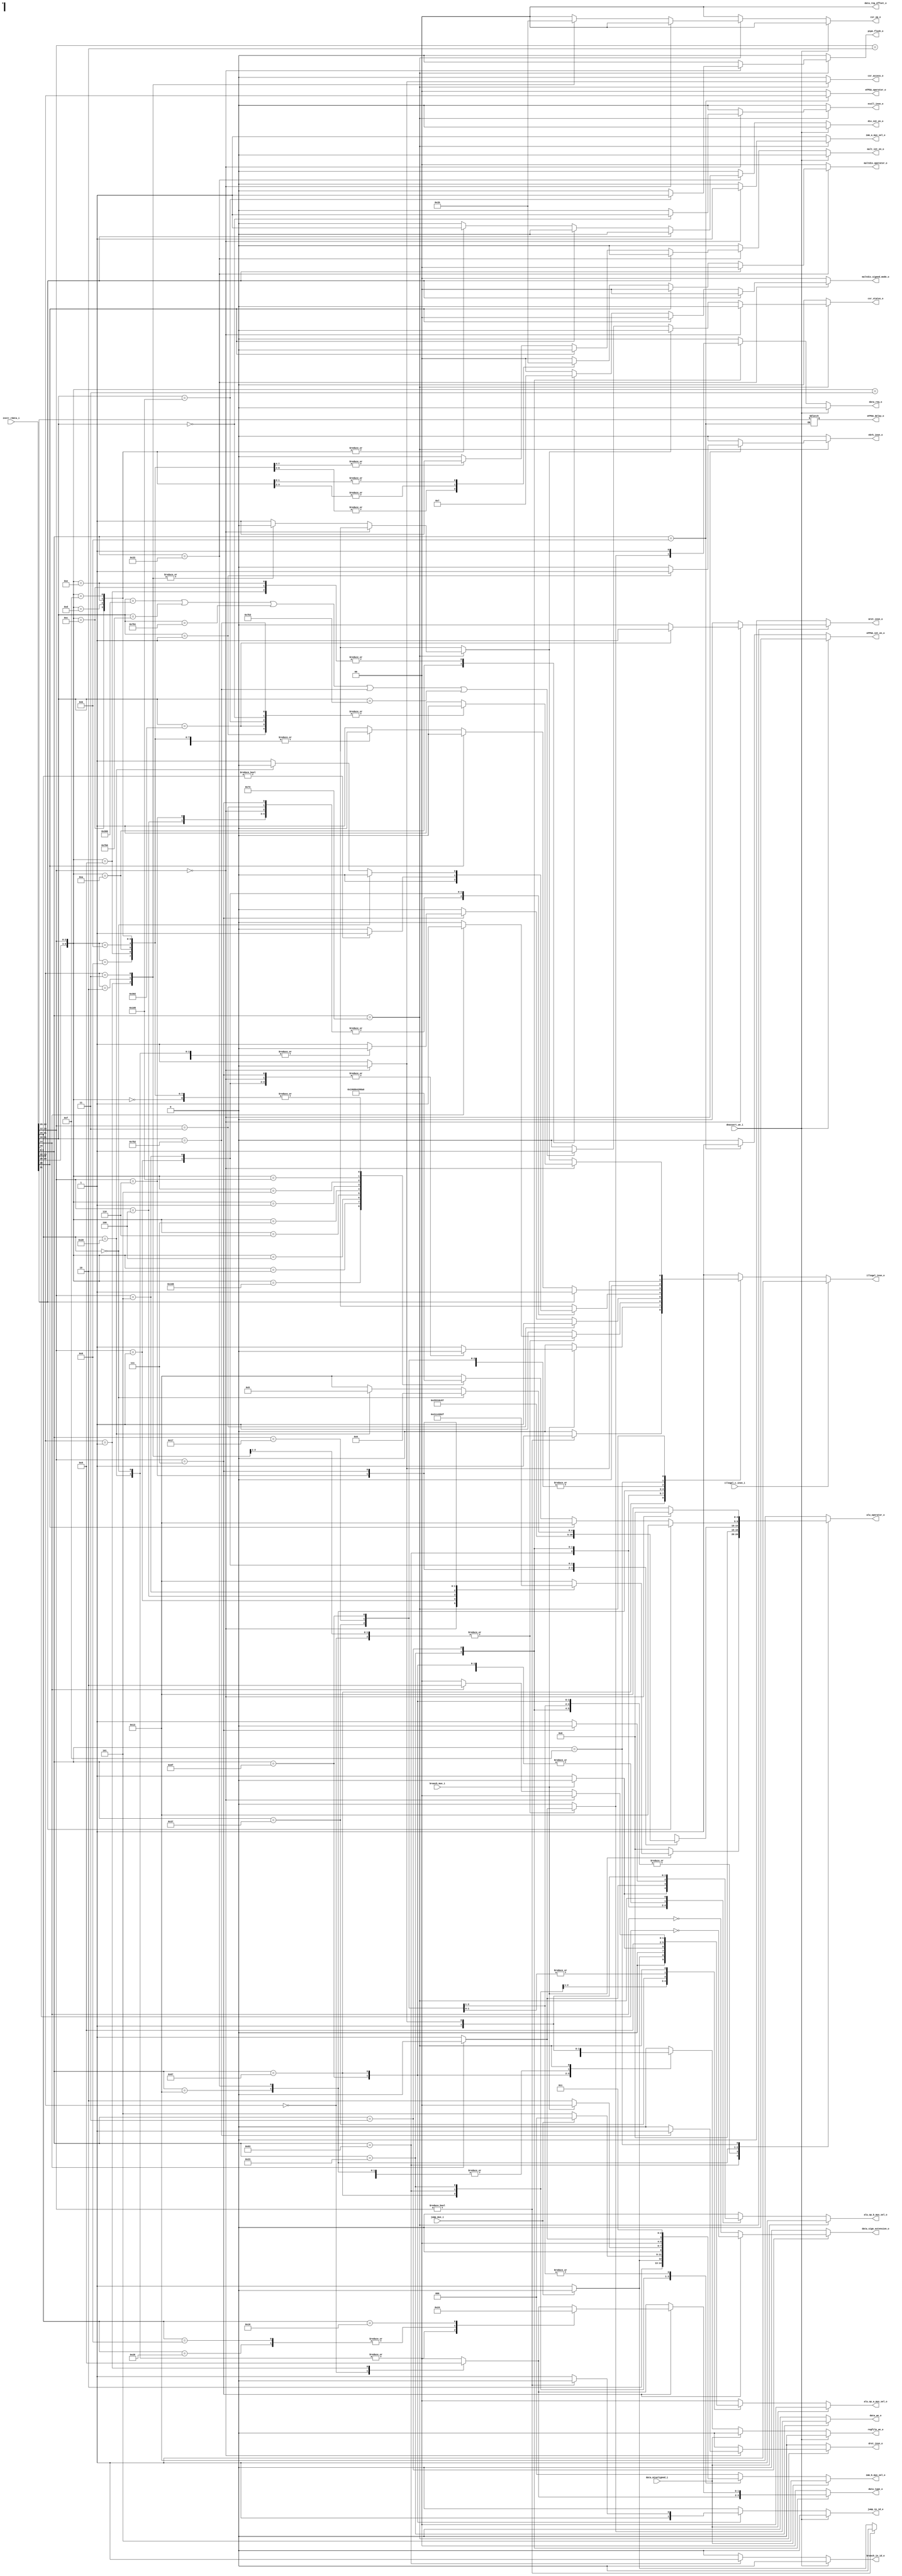
module flexbex_ibex_decoder (
	deassert_we_i,
	data_misaligned_i,
	branch_mux_i,
	jump_mux_i,
	illegal_insn_o,
	ebrk_insn_o,
	mret_insn_o,
	dret_insn_o,
	ecall_insn_o,
	pipe_flush_o,
	instr_rdata_i,
	illegal_c_insn_i,
	alu_operator_o,
	alu_op_a_mux_sel_o,
	alu_op_b_mux_sel_o,
	imm_a_mux_sel_o,
	imm_b_mux_sel_o,
	mult_int_en_o,
	div_int_en_o,
	multdiv_operator_o,
	multdiv_signed_mode_o,
	regfile_we_o,
	csr_access_o,
	csr_op_o,
	csr_status_o,
	data_req_o,
	data_we_o,
	data_type_o,
	data_sign_extension_o,
	data_reg_offset_o,
	jump_in_id_o,
	branch_in_id_o,
	eFPGA_operator_o,
	eFPGA_int_en_o,
	eFPGA_delay_o
);
	parameter [0:0] RV32M = 1;
	input wire deassert_we_i;
	input wire data_misaligned_i;
	input wire branch_mux_i;
	input wire jump_mux_i;
	output reg illegal_insn_o;
	output reg ebrk_insn_o;
	output reg mret_insn_o;
	output reg dret_insn_o;
	output reg ecall_insn_o;
	output reg pipe_flush_o;
	input wire [31:0] instr_rdata_i;
	input wire illegal_c_insn_i;
	output reg [4:0] alu_operator_o;
	output reg [1:0] alu_op_a_mux_sel_o;
	output reg alu_op_b_mux_sel_o;
	output reg imm_a_mux_sel_o;
	output reg [2:0] imm_b_mux_sel_o;
	output wire mult_int_en_o;
	output wire div_int_en_o;
	output reg [1:0] multdiv_operator_o;
	output reg [1:0] multdiv_signed_mode_o;
	output wire regfile_we_o;
	output reg csr_access_o;
	output wire [1:0] csr_op_o;
	output reg csr_status_o;
	output wire data_req_o;
	output reg data_we_o;
	output reg [1:0] data_type_o;
	output reg data_sign_extension_o;
	output reg [1:0] data_reg_offset_o;
	output wire jump_in_id_o;
	output wire branch_in_id_o;
	output reg [1:0] eFPGA_operator_o;
	output wire eFPGA_int_en_o;
	output reg [3:0] eFPGA_delay_o;
	reg regfile_we;
	reg data_req;
	reg mult_int_en;
	reg div_int_en;
	reg branch_in_id;
	reg jump_in_id;
	reg eFPGA_int_en;
	reg [1:0] csr_op;
	reg csr_illegal;
	reg [6:0] opcode;
	always @(*) begin
		jump_in_id = 1'b0;
		branch_in_id = 1'b0;
		alu_operator_o = 5'd19;
		alu_op_a_mux_sel_o = 2'd0;
		alu_op_b_mux_sel_o = 1'd0;
		imm_a_mux_sel_o = 1'd1;
		imm_b_mux_sel_o = 3'd0;
		mult_int_en = 1'b0;
		div_int_en = 1'b0;
		multdiv_operator_o = 2'd0;
		multdiv_signed_mode_o = 2'b00;
		eFPGA_int_en = 1'b0;
		eFPGA_operator_o = 2'b00;
		regfile_we = 1'b0;
		csr_access_o = 1'b0;
		csr_status_o = 1'b0;
		csr_illegal = 1'b0;
		csr_op = 2'd0;
		data_we_o = 1'b0;
		data_type_o = 2'b00;
		data_sign_extension_o = 1'b0;
		data_reg_offset_o = 2'b00;
		data_req = 1'b0;
		illegal_insn_o = 1'b0;
		ebrk_insn_o = 1'b0;
		mret_insn_o = 1'b0;
		dret_insn_o = 1'b0;
		ecall_insn_o = 1'b0;
		pipe_flush_o = 1'b0;
		opcode = instr_rdata_i[6:0];
		case (opcode)
			7'h6f: begin
				jump_in_id = 1'b1;
				if (jump_mux_i) begin
					alu_op_a_mux_sel_o = 2'd1;
					alu_op_b_mux_sel_o = 1'd1;
					imm_b_mux_sel_o = 3'd4;
					alu_operator_o = 5'd0;
					regfile_we = 1'b0;
				end
				else begin
					alu_op_a_mux_sel_o = 2'd1;
					alu_op_b_mux_sel_o = 1'd1;
					imm_b_mux_sel_o = 3'd5;
					alu_operator_o = 5'd0;
					regfile_we = 1'b1;
				end
			end
			7'h67: begin
				jump_in_id = 1'b1;
				if (jump_mux_i) begin
					alu_op_a_mux_sel_o = 2'd0;
					alu_op_b_mux_sel_o = 1'd1;
					imm_b_mux_sel_o = 3'd0;
					alu_operator_o = 5'd0;
					regfile_we = 1'b0;
				end
				else begin
					alu_op_a_mux_sel_o = 2'd1;
					alu_op_b_mux_sel_o = 1'd1;
					imm_b_mux_sel_o = 3'd5;
					alu_operator_o = 5'd0;
					regfile_we = 1'b1;
				end
				if (instr_rdata_i[14:12] != 3'b000) begin
					jump_in_id = 1'b0;
					regfile_we = 1'b0;
					illegal_insn_o = 1'b1;
				end
			end
			7'h63: begin
				branch_in_id = 1'b1;
				if (branch_mux_i)
					case (instr_rdata_i[14:12])
						3'b000: alu_operator_o = 5'd16;
						3'b001: alu_operator_o = 5'd17;
						3'b100: alu_operator_o = 5'd8;
						3'b101: alu_operator_o = 5'd14;
						3'b110: alu_operator_o = 5'd9;
						3'b111: alu_operator_o = 5'd15;
						default: illegal_insn_o = 1'b1;
					endcase
				else begin
					alu_op_a_mux_sel_o = 2'd1;
					alu_op_b_mux_sel_o = 1'd1;
					imm_b_mux_sel_o = 3'd2;
					alu_operator_o = 5'd0;
					regfile_we = 1'b0;
				end
			end
			7'h23: begin
				data_req = 1'b1;
				data_we_o = 1'b1;
				alu_operator_o = 5'd0;
				if (!instr_rdata_i[14]) begin
					imm_b_mux_sel_o = 3'd1;
					alu_op_b_mux_sel_o = 1'd1;
				end
				else begin
					data_req = 1'b0;
					data_we_o = 1'b0;
					illegal_insn_o = 1'b1;
				end
				case (instr_rdata_i[13:12])
					2'b00: data_type_o = 2'b10;
					2'b01: data_type_o = 2'b01;
					2'b10: data_type_o = 2'b00;
					default: begin
						data_req = 1'b0;
						data_we_o = 1'b0;
						illegal_insn_o = 1'b1;
					end
				endcase
			end
			7'h03: begin
				data_req = 1'b1;
				regfile_we = 1'b1;
				data_type_o = 2'b00;
				alu_operator_o = 5'd0;
				alu_op_b_mux_sel_o = 1'd1;
				imm_b_mux_sel_o = 3'd0;
				data_sign_extension_o = ~instr_rdata_i[14];
				case (instr_rdata_i[13:12])
					2'b00: data_type_o = 2'b10;
					2'b01: data_type_o = 2'b01;
					2'b10: data_type_o = 2'b00;
					default: data_type_o = 2'b00;
				endcase
				if (instr_rdata_i[14:12] == 3'b111) begin
					alu_op_b_mux_sel_o = 1'd0;
					data_sign_extension_o = ~instr_rdata_i[30];
					case (instr_rdata_i[31:25])
						7'b0000000, 7'b0100000: data_type_o = 2'b10;
						7'b0001000, 7'b0101000: data_type_o = 2'b01;
						7'b0010000: data_type_o = 2'b00;
						default: illegal_insn_o = 1'b1;
					endcase
				end
				if (instr_rdata_i[14:12] == 3'b011)
					illegal_insn_o = 1'b1;
			end
			7'h37: begin
				alu_op_a_mux_sel_o = 2'd2;
				alu_op_b_mux_sel_o = 1'd1;
				imm_a_mux_sel_o = 1'd1;
				imm_b_mux_sel_o = 3'd3;
				alu_operator_o = 5'd0;
				regfile_we = 1'b1;
			end
			7'h17: begin
				alu_op_a_mux_sel_o = 2'd1;
				alu_op_b_mux_sel_o = 1'd1;
				imm_b_mux_sel_o = 3'd3;
				alu_operator_o = 5'd0;
				regfile_we = 1'b1;
			end
			7'h13: begin
				alu_op_b_mux_sel_o = 1'd1;
				imm_b_mux_sel_o = 3'd0;
				regfile_we = 1'b1;
				case (instr_rdata_i[14:12])
					3'b000: alu_operator_o = 5'd0;
					3'b010: alu_operator_o = 5'd18;
					3'b011: alu_operator_o = 5'd19;
					3'b100: alu_operator_o = 5'd2;
					3'b110: alu_operator_o = 5'd3;
					3'b111: alu_operator_o = 5'd4;
					3'b001: begin
						alu_operator_o = 5'd7;
						if (instr_rdata_i[31:25] != 7'b0000000)
							illegal_insn_o = 1'b1;
					end
					3'b101:
						if (instr_rdata_i[31:25] == 7'b0000000)
							alu_operator_o = 5'd6;
						else if (instr_rdata_i[31:25] == 7'b0100000)
							alu_operator_o = 5'd5;
						else
							illegal_insn_o = 1'b1;
					default:
						;
				endcase
			end
			7'h33: begin
				regfile_we = 1'b1;
				if (instr_rdata_i[31])
					illegal_insn_o = 1'b1;
				else if (!instr_rdata_i[28])
					case ({instr_rdata_i[30:25], instr_rdata_i[14:12]})
						9'b000000000: alu_operator_o = 5'd0;
						9'b100000000: alu_operator_o = 5'd1;
						9'b000000010: alu_operator_o = 5'd18;
						9'b000000011: alu_operator_o = 5'd19;
						9'b000000100: alu_operator_o = 5'd2;
						9'b000000110: alu_operator_o = 5'd3;
						9'b000000111: alu_operator_o = 5'd4;
						9'b000000001: alu_operator_o = 5'd7;
						9'b000000101: alu_operator_o = 5'd6;
						9'b100000101: alu_operator_o = 5'd5;
						9'b000001000: begin
							alu_operator_o = 5'd0;
							multdiv_operator_o = 2'd0;
							mult_int_en = 1'b1;
							multdiv_signed_mode_o = 2'b00;
							illegal_insn_o = (RV32M ? 1'b0 : 1'b1);
						end
						9'b000001001: begin
							alu_operator_o = 5'd0;
							multdiv_operator_o = 2'd1;
							mult_int_en = 1'b1;
							multdiv_signed_mode_o = 2'b11;
							illegal_insn_o = (RV32M ? 1'b0 : 1'b1);
						end
						9'b000001010: begin
							alu_operator_o = 5'd0;
							multdiv_operator_o = 2'd1;
							mult_int_en = 1'b1;
							multdiv_signed_mode_o = 2'b01;
							illegal_insn_o = (RV32M ? 1'b0 : 1'b1);
						end
						9'b000001011: begin
							alu_operator_o = 5'd0;
							multdiv_operator_o = 2'd1;
							mult_int_en = 1'b1;
							multdiv_signed_mode_o = 2'b00;
							illegal_insn_o = (RV32M ? 1'b0 : 1'b1);
						end
						9'b000001100: begin
							alu_operator_o = 5'd0;
							multdiv_operator_o = 2'd2;
							div_int_en = 1'b1;
							multdiv_signed_mode_o = 2'b11;
							illegal_insn_o = (RV32M ? 1'b0 : 1'b1);
						end
						9'b000001101: begin
							alu_operator_o = 5'd0;
							multdiv_operator_o = 2'd2;
							div_int_en = 1'b1;
							multdiv_signed_mode_o = 2'b00;
							illegal_insn_o = (RV32M ? 1'b0 : 1'b1);
						end
						9'b000001110: begin
							alu_operator_o = 5'd0;
							multdiv_operator_o = 2'd3;
							div_int_en = 1'b1;
							multdiv_signed_mode_o = 2'b11;
							illegal_insn_o = (RV32M ? 1'b0 : 1'b1);
						end
						9'b000001111: begin
							alu_operator_o = 5'd0;
							multdiv_operator_o = 2'd3;
							div_int_en = 1'b1;
							multdiv_signed_mode_o = 2'b00;
							illegal_insn_o = (RV32M ? 1'b0 : 1'b1);
						end
						default: illegal_insn_o = 1'b1;
					endcase
			end
			7'h0b: begin
				regfile_we = 1'b1;
				eFPGA_operator_o = instr_rdata_i[13:12];
				eFPGA_delay_o = instr_rdata_i[28:25];
				eFPGA_int_en = 1'b1;
			end
			7'h0f:
				if (instr_rdata_i[14:12] == 3'b000) begin
					alu_operator_o = 5'd0;
					regfile_we = 1'b0;
				end
				else
					illegal_insn_o = 1'b1;
			7'h73:
				if (instr_rdata_i[14:12] == 3'b000)
					case (instr_rdata_i[31:20])
						12'h000: ecall_insn_o = 1'b1;
						12'h001: ebrk_insn_o = 1'b1;
						12'h302: mret_insn_o = 1'b1;
						12'h7b2: dret_insn_o = 1'b1;
						12'h105: pipe_flush_o = 1'b1;
						default: illegal_insn_o = 1'b1;
					endcase
				else begin
					csr_access_o = 1'b1;
					regfile_we = 1'b1;
					alu_op_b_mux_sel_o = 1'd1;
					imm_a_mux_sel_o = 1'd0;
					imm_b_mux_sel_o = 3'd0;
					if (instr_rdata_i[14])
						alu_op_a_mux_sel_o = 2'd2;
					else
						alu_op_a_mux_sel_o = 2'd0;
					case (instr_rdata_i[13:12])
						2'b01: csr_op = 2'd1;
						2'b10: csr_op = 2'd2;
						2'b11: csr_op = 2'd3;
						default: csr_illegal = 1'b1;
					endcase
					if (!csr_illegal)
						if (((((instr_rdata_i[31:20] == 12'h300) || (instr_rdata_i[31:20] == 12'h7b0)) || (instr_rdata_i[31:20] == 12'h7b1)) || (instr_rdata_i[31:20] == 12'h7b2)) || (instr_rdata_i[31:20] == 12'h7b3))
							csr_status_o = 1'b1;
					illegal_insn_o = csr_illegal;
				end
			default: illegal_insn_o = 1'b1;
		endcase
		if (illegal_c_insn_i)
			illegal_insn_o = 1'b1;
		if (data_misaligned_i) begin
			alu_op_a_mux_sel_o = 2'd0;
			alu_op_b_mux_sel_o = 1'd1;
			imm_b_mux_sel_o = 3'd5;
			regfile_we = 1'b0;
		end
	end
	assign regfile_we_o = (deassert_we_i ? 1'b0 : regfile_we);
	assign mult_int_en_o = (RV32M ? (deassert_we_i ? 1'b0 : mult_int_en) : 1'b0);
	assign div_int_en_o = (RV32M ? (deassert_we_i ? 1'b0 : div_int_en) : 1'b0);
	assign data_req_o = (deassert_we_i ? 1'b0 : data_req);
	assign csr_op_o = (deassert_we_i ? 2'd0 : csr_op);
	assign jump_in_id_o = (deassert_we_i ? 1'b0 : jump_in_id);
	assign branch_in_id_o = (deassert_we_i ? 1'b0 : branch_in_id);
	assign eFPGA_int_en_o = (deassert_we_i ? 1'b0 : eFPGA_int_en);
endmodule